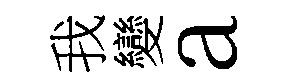
我變a